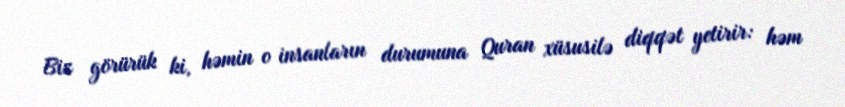
Biz görürük ki, həmin o insanların durumuna Quran xüsusilə diqqət yetirir: həm